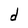
Character: d